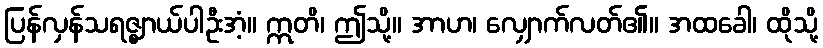
ပြန်လှန်သရဇ္ဈာယ်ပါဦးအံ့။ ဣတိ၊ ဤသို့။ အာဟ၊ လျှောက်လတ်၏။ အထခေါ၊ ထိုသို့